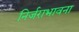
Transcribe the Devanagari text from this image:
निर्जराभावना